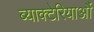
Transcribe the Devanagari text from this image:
ब्याक्टेरियाऔं